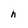
Character: h